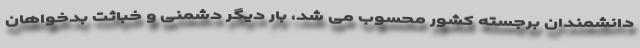
دانشمندان برجسته کشور محسوب می شد، بار دیگر دشمنی و خباثت بدخواهان